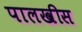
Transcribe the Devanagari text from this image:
पालखीस